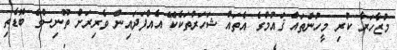
މުޒާހަރާ ކުރި މީހުންތައް ޤައުމުގެ އެތައް ޝަހަރުތަކެކޭ އެއްފަދައިން ވެރިރަށް ތޫނިސްގެ ބޮޑެތި